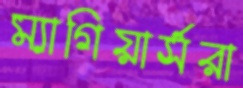
ম্যাগিয়ার্সরা